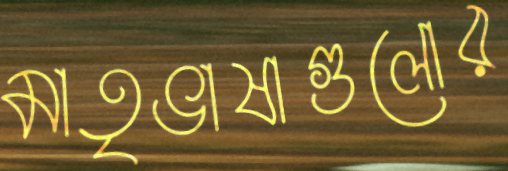
মাতৃভাষাগুলোর